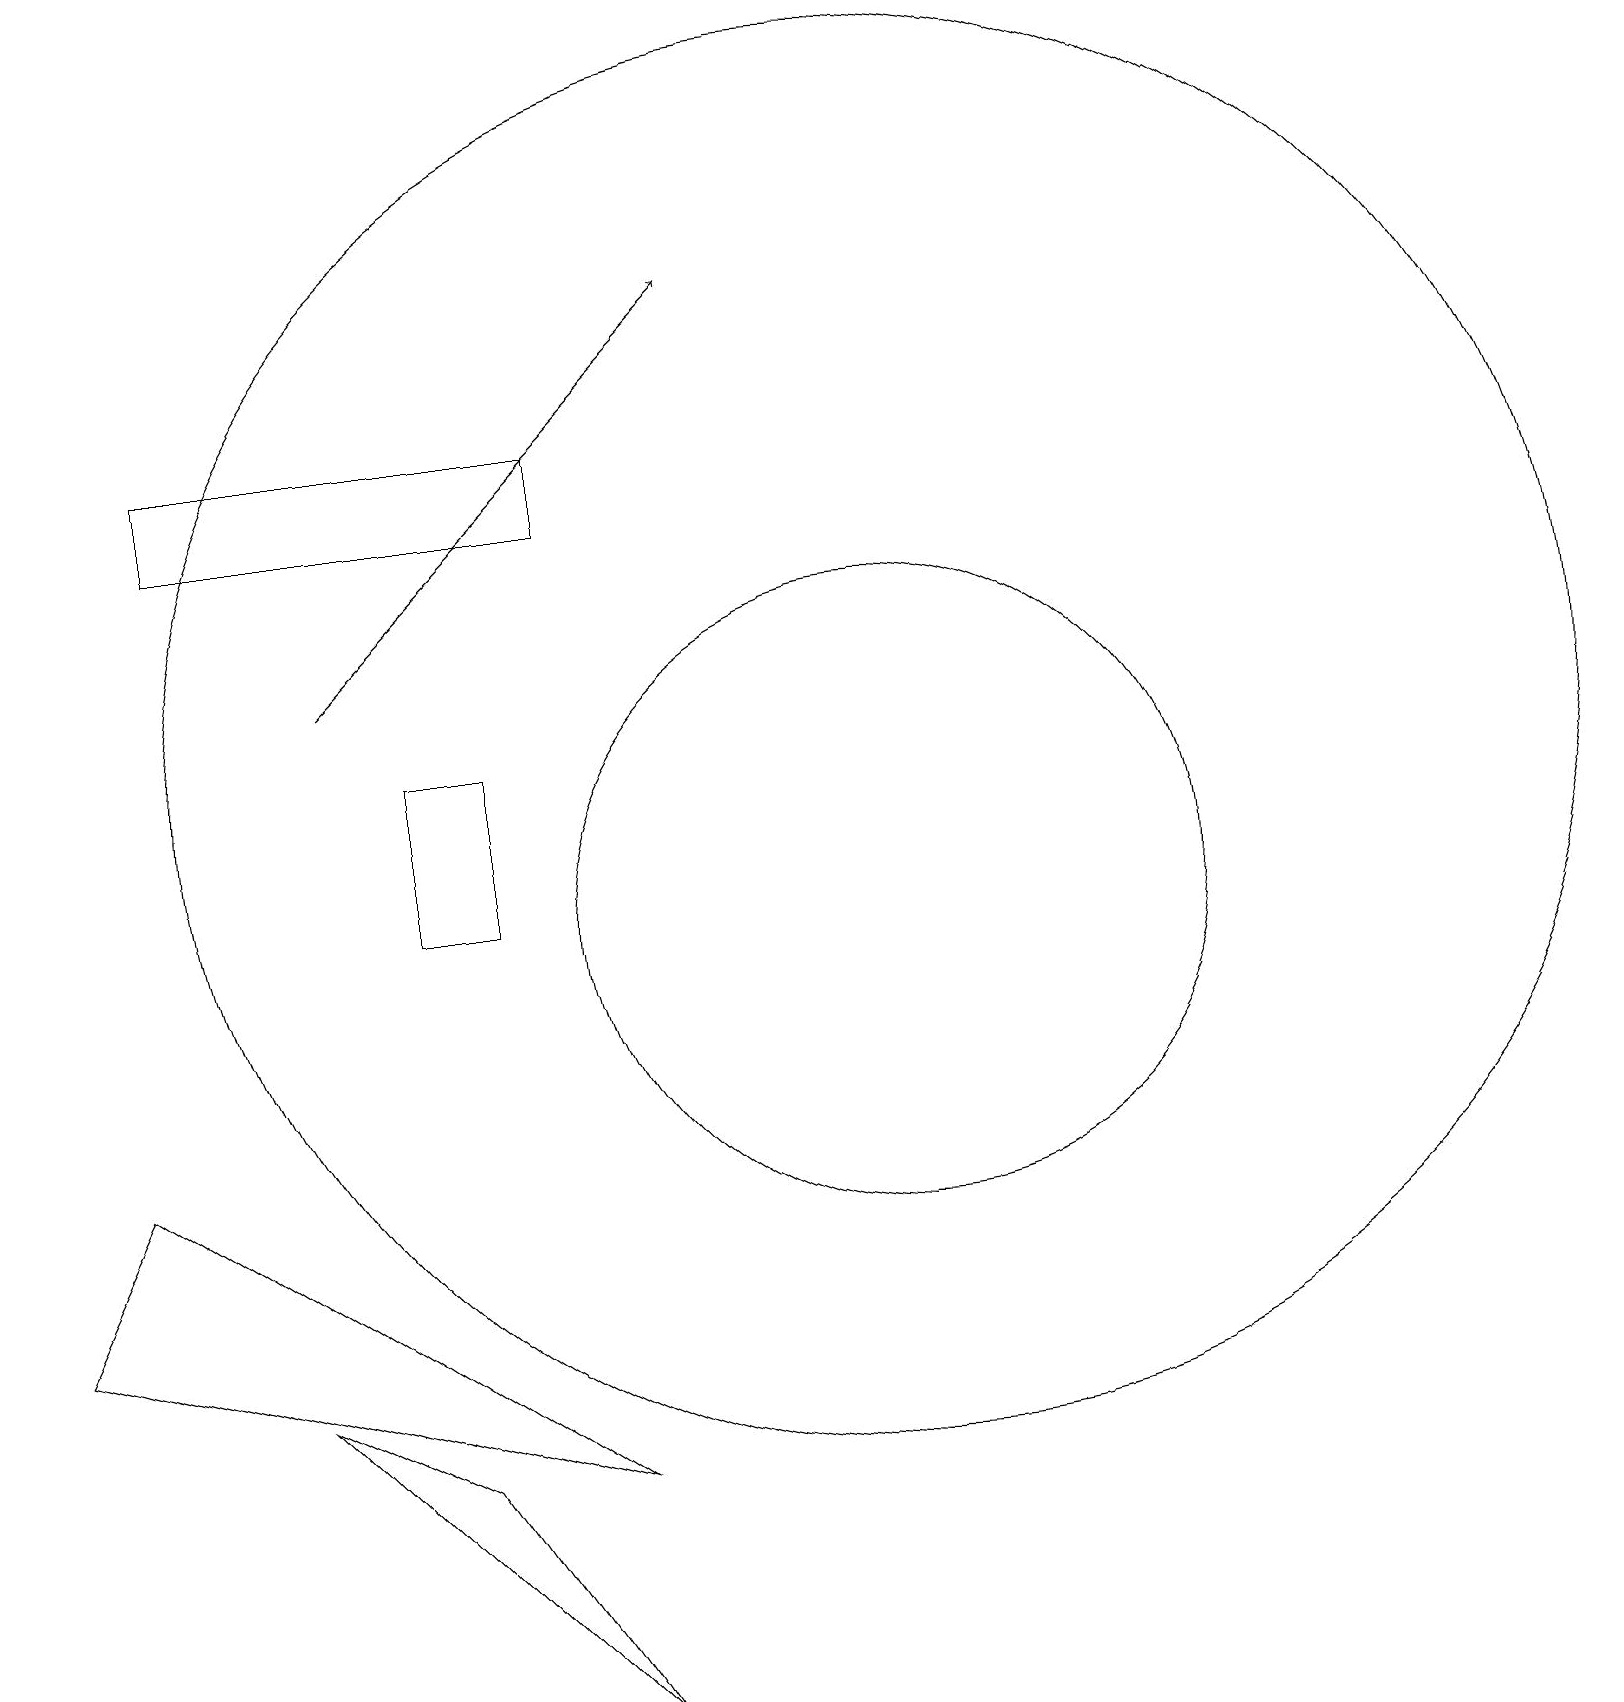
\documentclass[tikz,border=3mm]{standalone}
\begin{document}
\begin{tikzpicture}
\draw (7,0) -- (5,3) -- (3,4) -- cycle;
\draw (5,12) rectangle (6,10);
\draw (7,16) rectangle (2,15);
\draw (0,5) -- (1,7) -- (7,3) -- cycle;
\draw (11,12) circle (9);
\draw (11,10) circle (4);
\draw[->] (4,13) -- (9,18);
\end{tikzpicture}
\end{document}